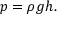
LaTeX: p = \rho g h .